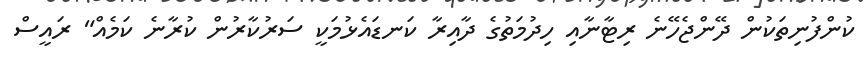
ކުންފުނިތަކުން ދޭންޖެހޭނެ ރިޓާނާއި ހިދުމަތުގެ ދާއިރާ ކަނޑައެޅުމަކީ ސަރުކާރުން ކުރާނެ ކަމެއް" ރައީސް